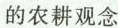
的农耕观念